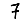
Digit: 7